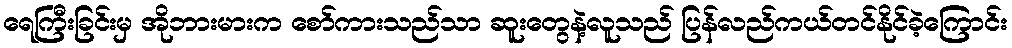
ရေကြီးခြင်းမှ အိုဘားမားက စော်ကားသည်သာ ဆူးတွေနဲ့လူသည် ပြန်လည်ကယ်တင်နိုင်ခဲ့ကြောင်း